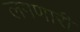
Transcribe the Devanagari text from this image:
लगणारी